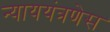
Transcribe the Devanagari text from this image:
न्याययंत्रणेस